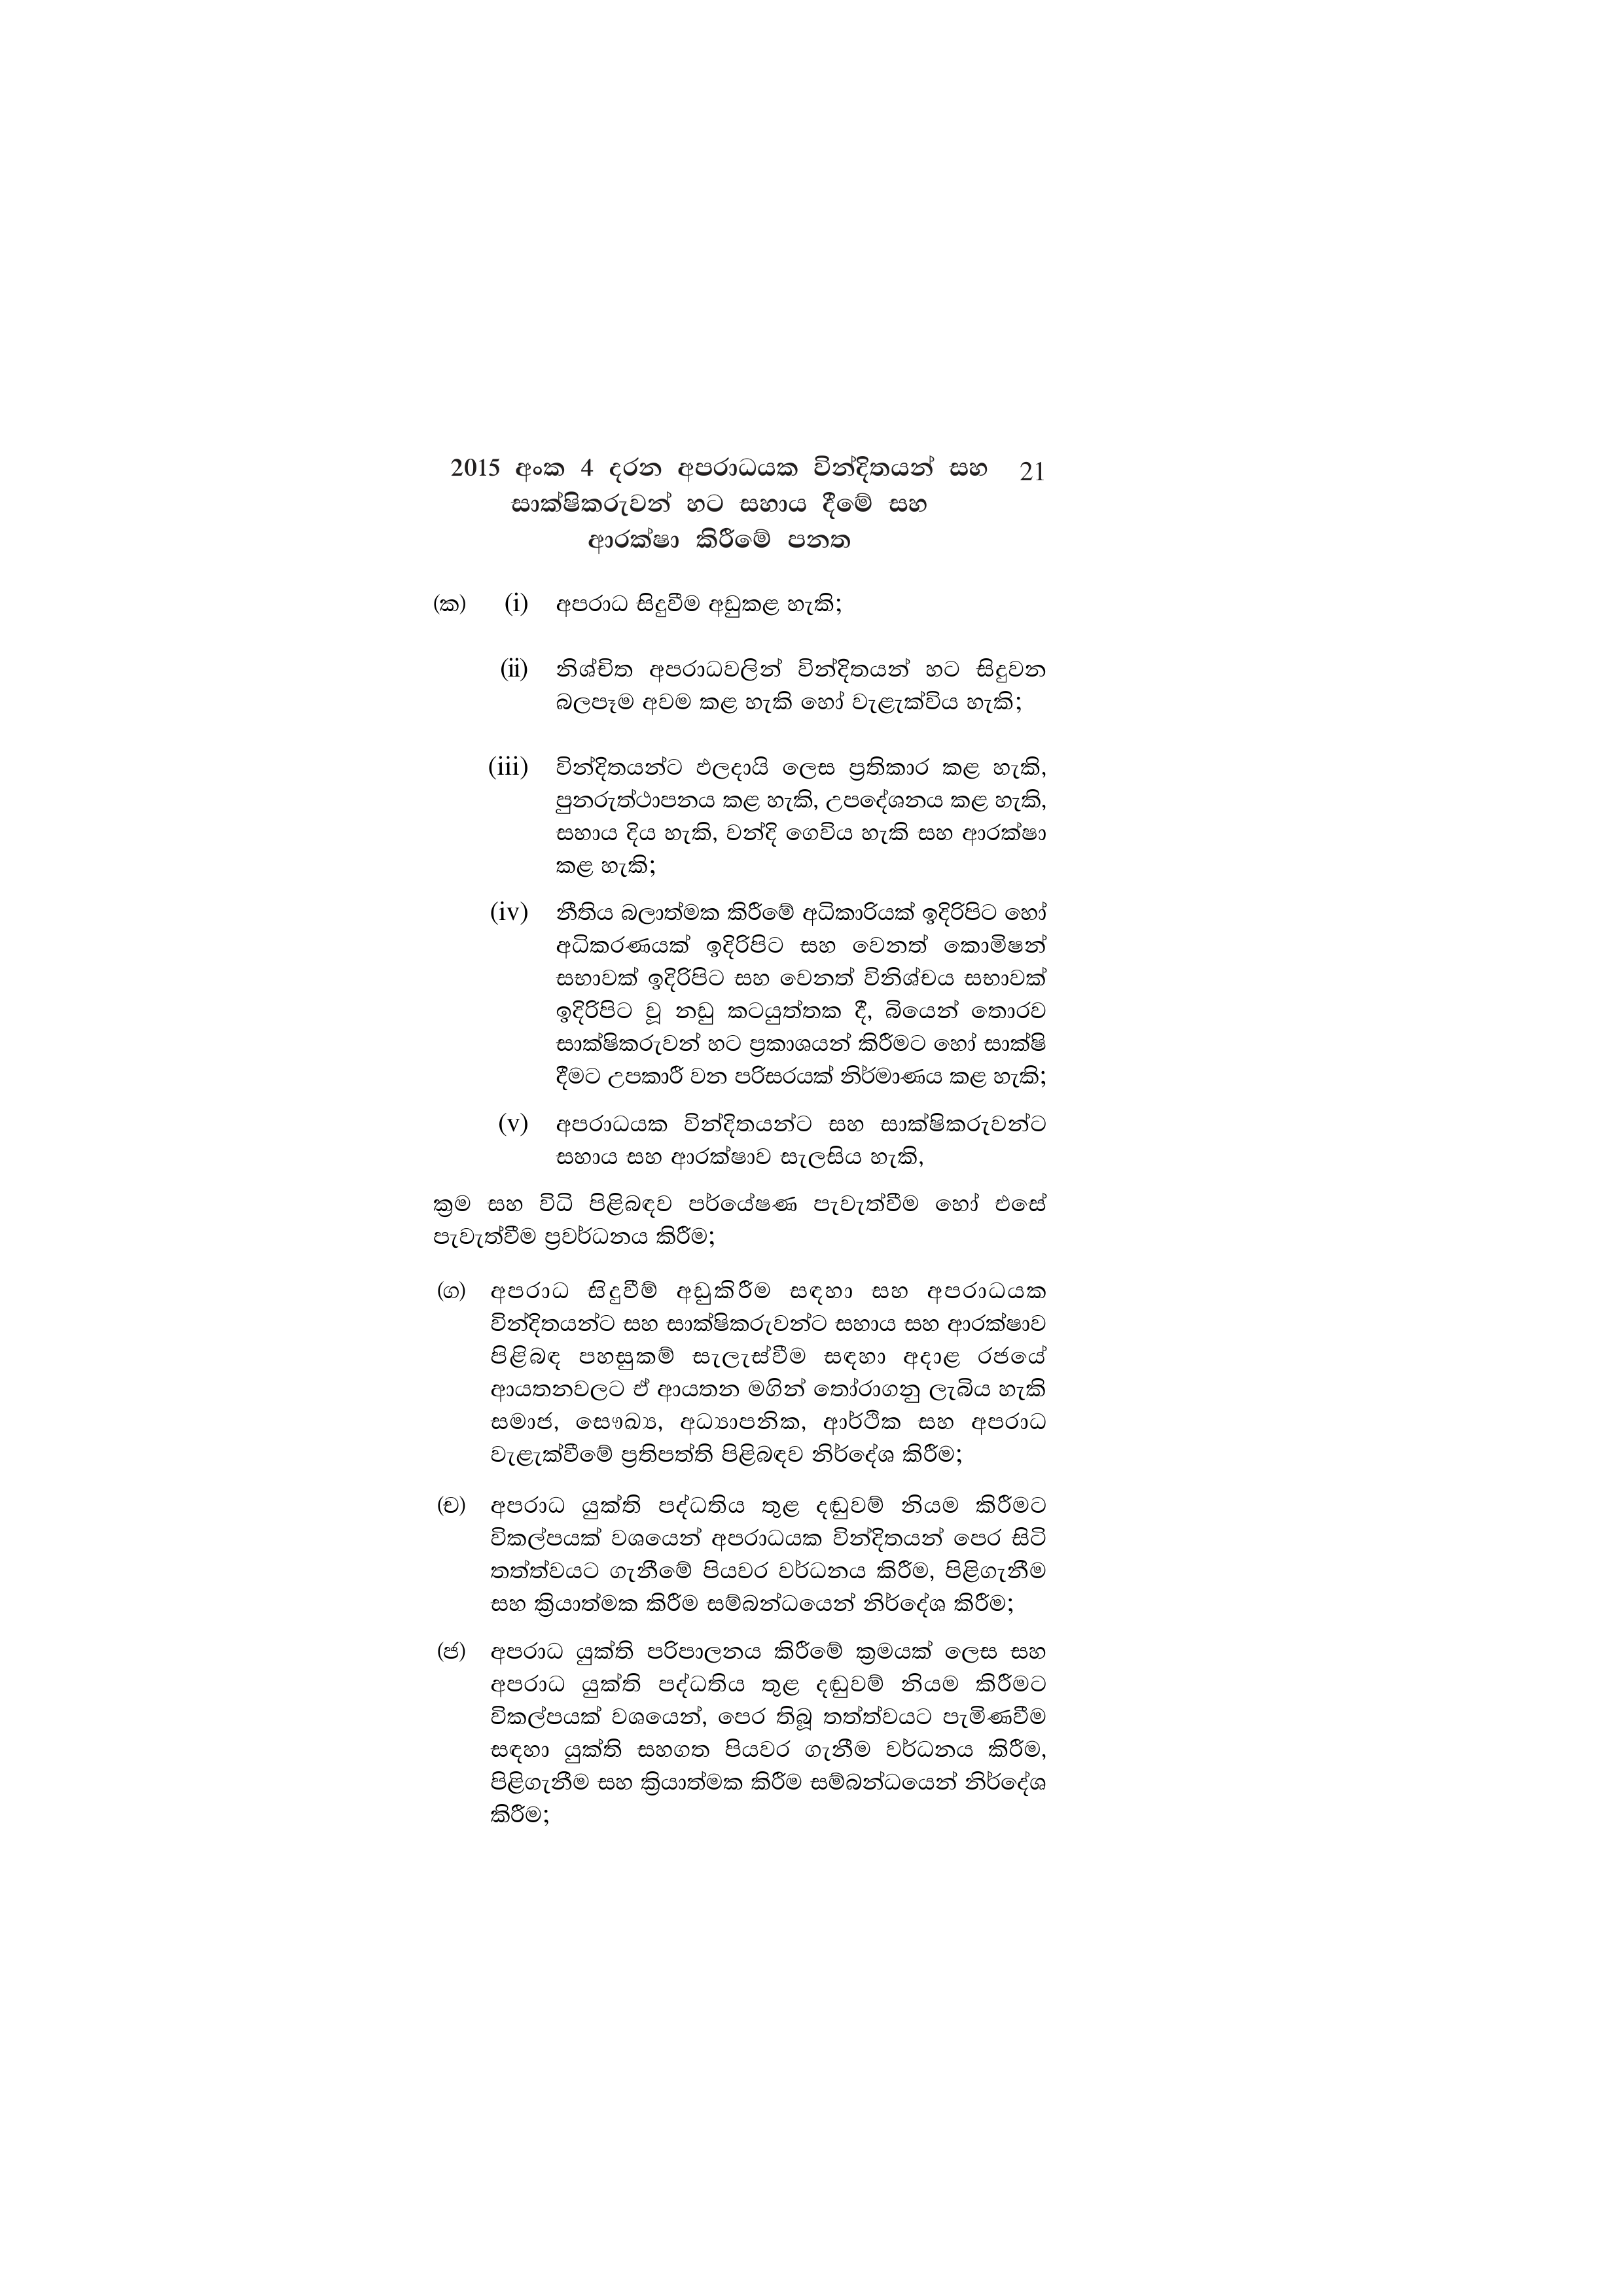
2015 අංක 4 දරන අපරාධයක වින්දිතයන් සහ 21
සාක්ෂිකරුවන් හට සහාය දීමේ සහ
ආරක්ෂා කිරීමේ පනත

(ක) (i) අපරාධ සිදුවීම අඩුකළ හැකි;

(ii) නිශ්චිත අපරාධවලින් වින්දිතයන් හට සිදුවන
බලපෑම අවම කළ හැකි හෝ වැළැක්විය හැකි;

(iii) වින්දිතයන්ට ඵලදායි ලෙස ප්‍රතිකාර කළ හැකි,
පුනරුත්ථාපනය කළ හැකි, උපදේශනය කළ හැකි,
සහාය දිය හැකි, වන්දි ගෙවිය හැකි සහ ආරක්ෂා
කළ හැකි;

(iv) නීතිය බලාත්මක කිරීමේ අධිකාරියක් ඉදිරිපිට හෝ
අධිකරණයක් ඉදිරිපිට සහ වෙනත් කොමිෂන්
සභාවක් ඉදිරිපිට සහ වෙනත් විනිශ්චය සභාවක්
ඉදිරිපිට වූ නඩු කටයුත්තක දී, බියෙන් තොරව
සාක්ෂිකරුවන් හට ප්‍රකාශයන් කිරීමට හෝ සාක්ෂි
දීමට උපකාරී වන පරිසරයක් නිර්මාණය කළ හැකි;

(v) අපරාධයක වින්දිතයන්ට සහ සාක්ෂිකරුවන්ට
සහාය සහ ආරක්ෂාව සැලසිය හැකි,

ක්‍රම සහ විධි පිළිබඳව පර්යේෂණ පැවැත්වීම හෝ එසේ
පැවැත්වීම ප්‍රවර්ධනය කිරීම;

(ග) අපරාධ සිදුවීම් අඩුකිරීම සඳහා සහ අපරාධයක
වින්දිතයන්ට සහ සාක්ෂිකරුවන්ට සහාය සහ ආරක්ෂාව
පිළිබඳ පහසුකම් සැලැස්වීම සඳහා අදාළ රජයේ
ආයතනවලට ඒ ආයතන මගින් තෝරාගනු ලැබිය හැකි
සමාජ, සෞඛ්‍ය, අධ්‍යාපනික, ආර්ථික සහ අපරාධ
වැළැක්වීමේ ප්‍රතිපත්ති පිළිබඳව නිර්දේශ කිරීම;

(ච) අපරාධ යුක්ති පද්ධතිය තුළ දඬුවම් නියම කිරීමට
විකල්පයක් වශයෙන් අපරාධයක වින්දිතයන් පෙර සිටි
තත්ත්වයට ගැනීමේ පියවර වර්ධනය කිරීම, පිළිගැනීම
සහ ක්‍රියාත්මක කිරීම සම්බන්ධයෙන් නිර්දේශ කිරීම;

(ජ) අපරාධ යුක්ති පරිපාලනය කිරීමේ ක්‍රමයක් ලෙස සහ
අපරාධ යුක්ති පද්ධතිය තුළ දඬුවම් නියම කිරීමට
විකල්පයක් වශයෙන්, පෙර තිබූ තත්ත්වයට පැමිණවීම
සඳහා යුක්ති සහගත පියවර ගැනීම වර්ධනය කිරීම,
පිළිගැනීම සහ ක්‍රියාත්මක කිරීම සම්බන්ධයෙන් නිර්දේශ
කිරීම;